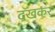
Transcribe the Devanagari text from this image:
दखकर